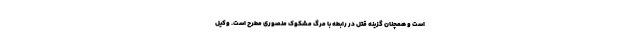
است و همچنان گزینه قتل در رابطه با مرگ مشکوک منصوری مطرح است. وکیل